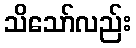
သိသော်လည်း